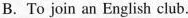
B.To join an English club.